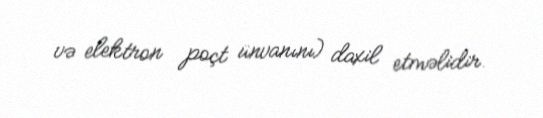
və elektron poçt ünvanını) daxil etməlidir.